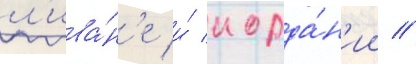
л'ива́н'е и́ иорда́н'ии //